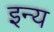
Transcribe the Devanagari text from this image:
इन्य